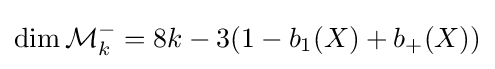
\dim {\mathcal {M}}_{k}^{-}=8k-3(1-b_{1}(X)+b_{+}(X))